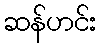
ဆန်ဟင်း